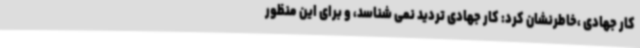
کار جهادی ،خاطرنشان کرد: کار جهادی تردید نمی شناسد، و برای این منظور